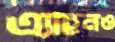
এ্যাহনও